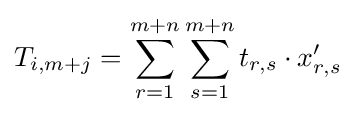
T_{i,m+j}=\sum _{r=1}^{m+n}\sum _{s=1}^{m+n}{t_{r,s}\cdot x'_{r,s}}